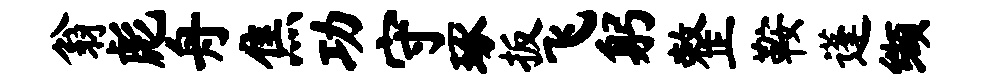
翁彪舟焦功守琢扳飞躬整鞍蓬缬